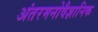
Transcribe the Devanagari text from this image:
अंतरमनोवैज्ञानिक